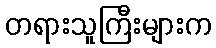
တရားသူကြီးများက